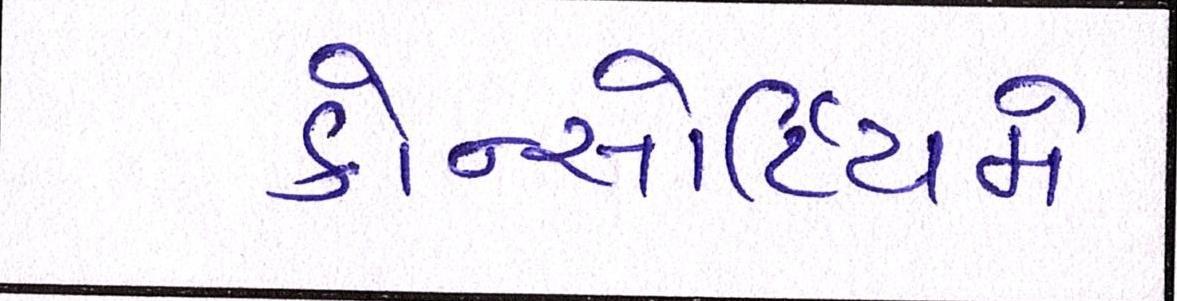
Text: કોન્સોર્ટિયમે